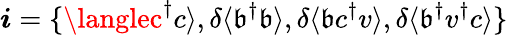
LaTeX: \boldsymbol{i}=\{ \langlec^{\dagger}c\rangle,\delta\langle\mathfrak{b}^{\dagger}\mathfrak{b}\rangle,\delta\langle\mathfrak{b}c^{\dagger}v\rangle,\delta\langle\mathfrak{b}^{\dagger}v^{\dagger}c\rangle\}